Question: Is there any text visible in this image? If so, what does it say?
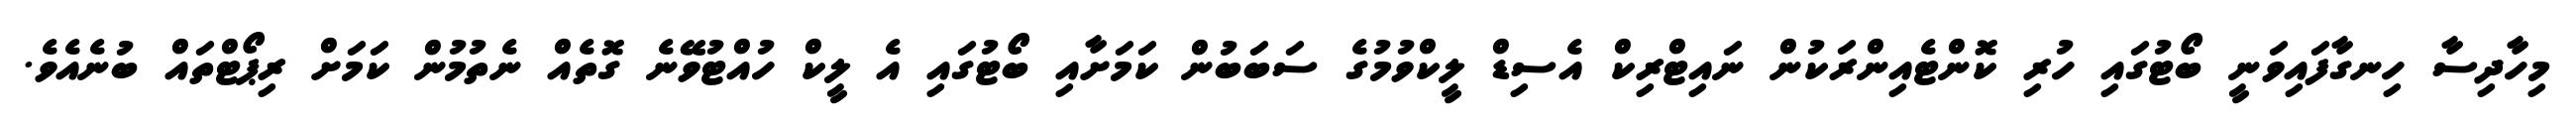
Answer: މިހާދިސާ ހިނގާފައިވަނީ ބޯޓުގައި ހުރި ކޮންޓެއިންރަކުން ނައިޓްރިކް އެސިޑް ލީކްވުމުގެ ސަބަބުން ކަމަށާއި ބޯޓުގައި އެ ލީކް ހުއްޓުވޭނެ ގޮތެއް ނެތުމުން ކަމަށް ރިޕޯޓްތައް ބުނެއެވެ.